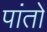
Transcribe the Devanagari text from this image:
पांतों